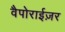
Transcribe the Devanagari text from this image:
वैपोराईज़र